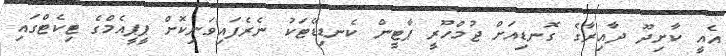
އެއީ ކާށިދޫ ދާއިރާގެ ގޮނޑިއަށް ޖުމްހޫރީ ޕާޓީން ކެނޑިޑޭޓަކު ނެރެފައިވަނިކޮށް ޕީޕީއެމްގެ ޓިކެޓްގައި